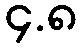
၄.၈